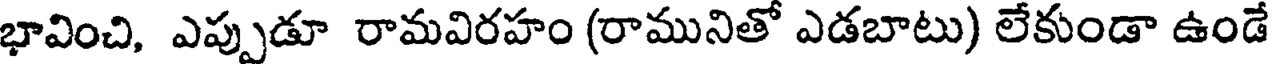
భావించి, ఎప్పుడూ రామవిరహం (రామునితో ఎడబాటు) లేకుండా ఉండే